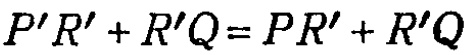
\(P'R'+R'Q = PR'+R'Q\)